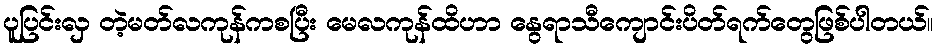
ပူပြင်းလှ တဲ့မတ်လကုန်ကစပြီး မေလကုန်ထိဟာ နွေရာသီကျောင်းပိတ်ရက်တွေဖြစ်ပါတယ်။